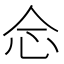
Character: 𢗁